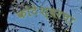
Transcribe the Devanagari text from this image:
कोटेश्वरचा